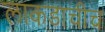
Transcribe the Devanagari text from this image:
लाकडाचीच